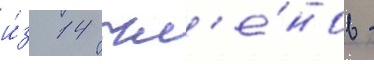
и́з 14 чл'е́нов -